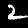
Digit: 2